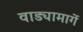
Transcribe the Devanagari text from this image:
वाड्यामार्गे